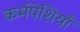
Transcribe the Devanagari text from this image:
कर्मपेशियाँ